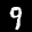
Label: 9